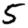
Digit: 5